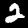
Digit: 2